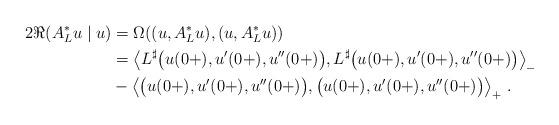
LaTeX: \begin{align*} 2\Re (A_L^* u \mid u) & = \Omega((u,A_L^*u),(u,A_L^*u)) \\ & = \bigl\langle L^\sharp \bigl( u(0+),u'(0+),u''(0+)\bigr), L^\sharp \bigl(u(0+),u'(0+),u''(0+)\bigr)\bigr\rangle_- \\ & - \bigl\langle \bigl(u(0+),u'(0+),u''(0+)\bigr), \bigl(u(0+),u'(0+),u''(0+)\bigr)\bigr\rangle_+\ . \end{align*}